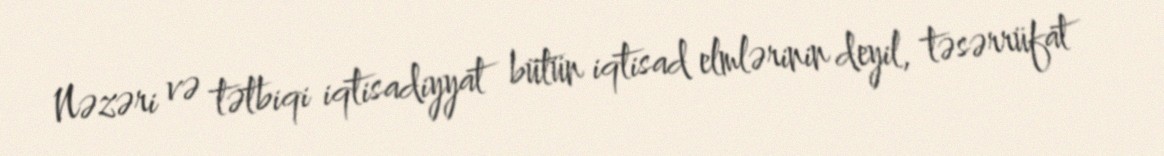
Nəzəri və tətbiqi iqtisadiyyat bütün iqtisad elmlərinin deyil, təsərrüfat